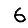
Digit: 6